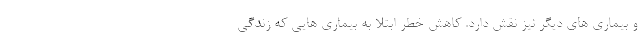
و بیماری های دیگر نیز نقش دارد. کاهش خطر ابتلا به بیماری هایی که زندگی